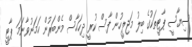
ސިޔާސީ ޕާޓީތަކުގެ ބިލު މަޖިލީހުން ފާސް ކުރީ ދިހަހާސް މެންބަރުން ހަމަނުވާނަމަ ޕާޓީ